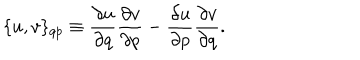
\{ u , v \} _ { q p } \equiv { \frac { \partial u } { \partial q } } { \frac { \partial v } { \partial p } } - { \frac { \partial u } { \partial p } } { \frac { \partial v } { \partial q } } .